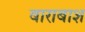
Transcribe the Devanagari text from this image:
बाराबाश